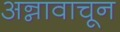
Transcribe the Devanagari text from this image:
अन्नावाचून